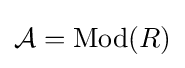
{\cal {A}}=\operatorname {Mod} (R)